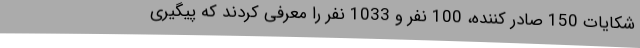
شکایات 150 صادر کننده، 100 نفر و 1033 نفر را معرفی کردند که پیگیری